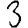
Digit: 3